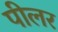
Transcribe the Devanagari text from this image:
पीलर